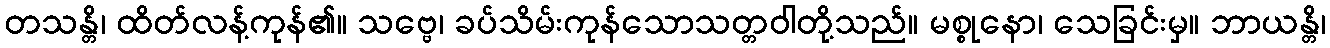
တသန္တိ၊ ထိတ်လန့်ကုန်၏။ သဗ္ဗေ၊ ခပ်သိမ်းကုန်သောသတ္တဝါတို့သည်။ မစ္စုနော၊ သေခြင်းမှ။ ဘာယန္တိ၊